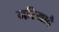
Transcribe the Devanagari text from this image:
मरियादै